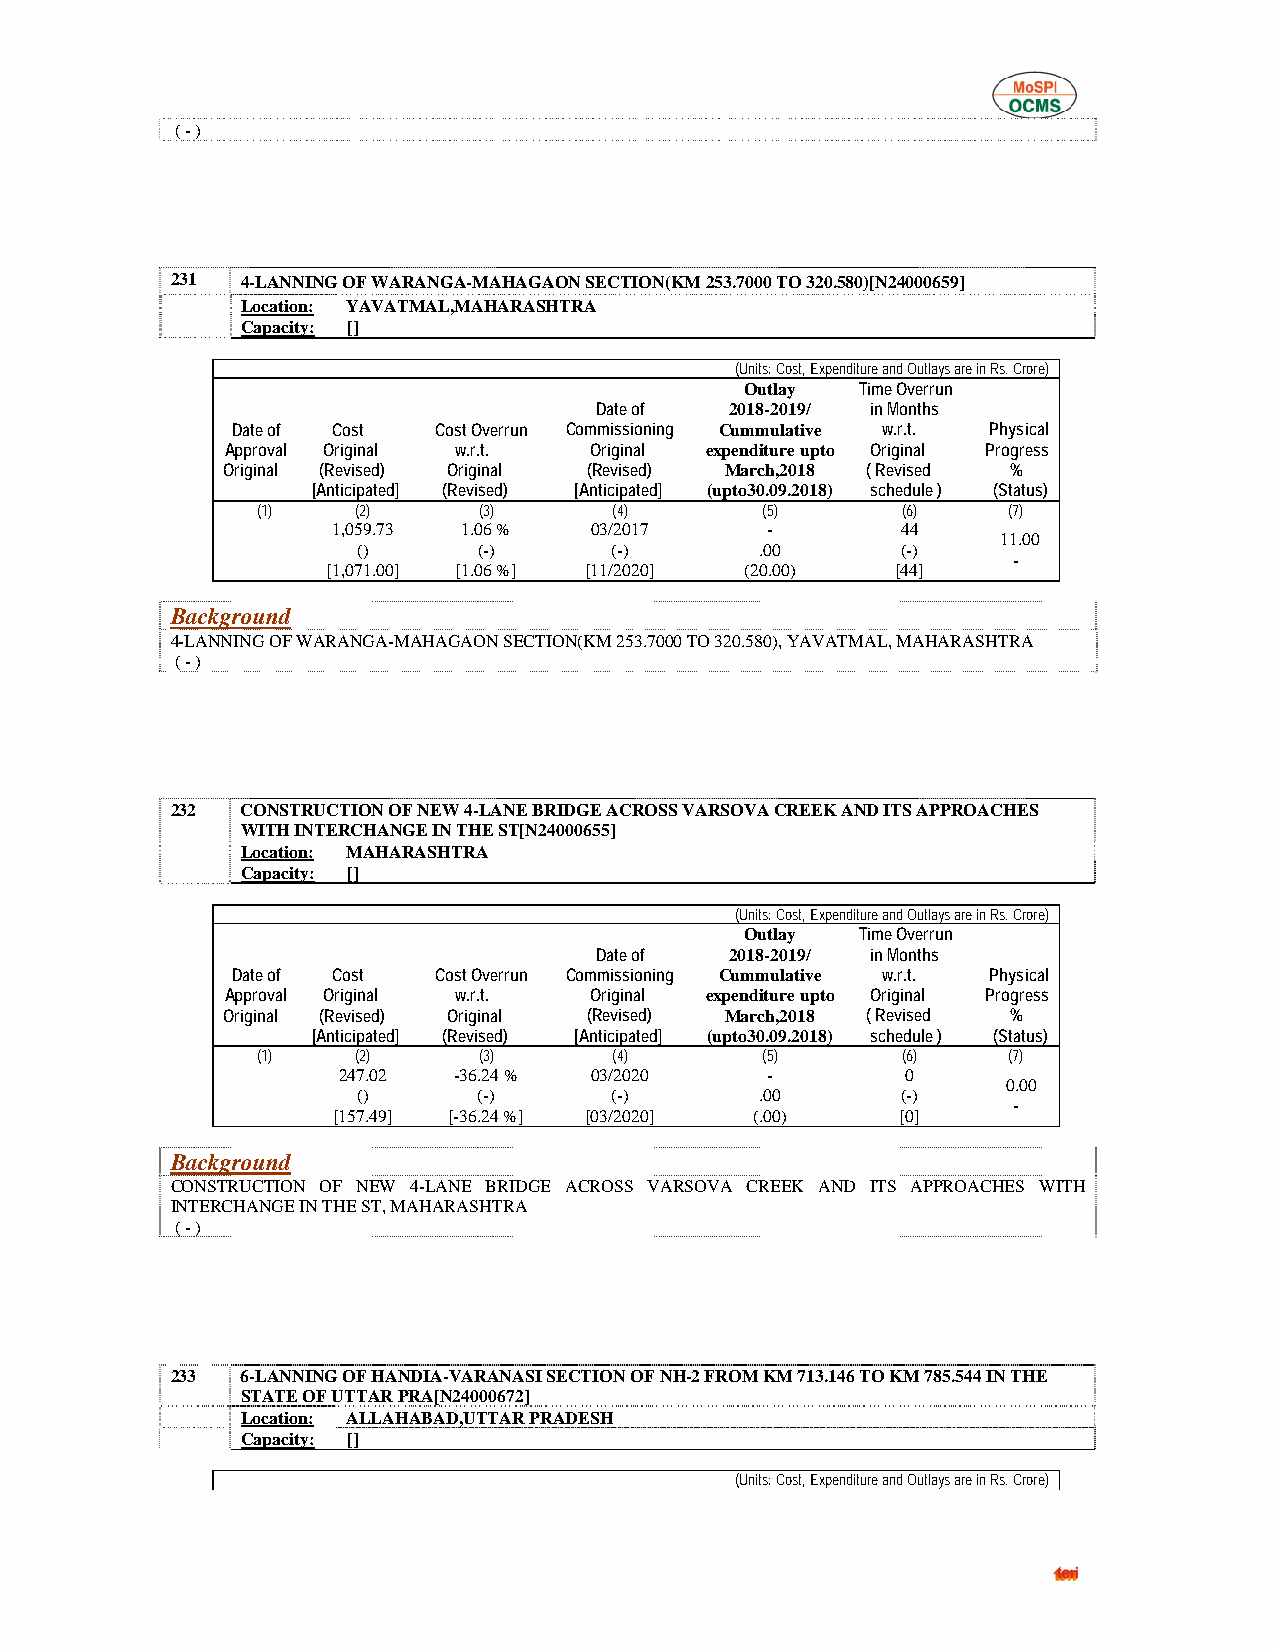
( - )
 231  4-LANNING OF WARANGA-MAHAGAON SECTION(KM 253.7000 TO 320.580)[N24000659]
 Location: YAVATMAL,MAHARASHTRA
 Capacity: []
 (Units: Cost, Expenditure and Outlays are in Rs. Crore)
 Outlay  Time Overrun
 Date of  2018-2019/ in Months
 Date of Cost  Cost Overrun Commissioning Cummulative w.r.t. Physical
 Approval Original w.r.t. Original expenditure upto Original Progress
 Original (Revised) Original (Revised) March,2018 ( Revised %
 [Anticipated] (Revised) [Anticipated] (upto30.09.2018) schedule ) (Status)
 (1)    (2)     (3)      (4)      (5)       (6)    (7)
 1,059.73 1.06 %  03/2017     -        44
 11.00
 ()      (-)     (-)       .00       (-)
 -
 [1,071.00] [1.06 %] [11/2020] (20.00) [44]
 Background
 4-LANNING OF WARANGA-MAHAGAON SECTION(KM 253.7000 TO 320.580), YAVATMAL, MAHARASHTRA
 ( - )
 232  CONSTRUCTION OF NEW 4-LANE BRIDGE ACROSS VARSOVA CREEK AND ITS APPROACHES
 WITH INTERCHANGE IN THE ST[N24000655]
 Location: MAHARASHTRA
 Capacity: []
 (Units: Cost, Expenditure and Outlays are in Rs. Crore)
 Outlay  Time Overrun
 Date of  2018-2019/ in Months
 Date of Cost  Cost Overrun Commissioning Cummulative w.r.t. Physical
 Approval Original w.r.t. Original expenditure upto Original Progress
 Original (Revised) Original (Revised) March,2018 ( Revised %
 [Anticipated] (Revised) [Anticipated] (upto30.09.2018) schedule ) (Status)
 (1)    (2)     (3)      (4)      (5)       (6)    (7)
 247.02  -36.24 % 03/2020     -        0
 0.00
 ()      (-)     (-)       .00       (-)
 -
 [157.49] [-36.24 %] [03/2020] (.00)   [0]
 Background
 CONSTRUCTION OF NEW 4-LANE BRIDGE ACROSS VARSOVA CREEK AND ITS APPROACHES WITH
 INTERCHANGE IN THE ST, MAHARASHTRA
 ( - )
 233  6-LANNING OF HANDIA-VARANASI SECTION OF NH-2 FROM KM 713.146 TO KM 785.544 IN THE
 STATE OF UTTAR PRA[N24000672]
 Location: ALLAHABAD,UTTAR PRADESH
 Capacity: []
 (Units: Cost, Expenditure and Outlays are in Rs. Crore)